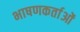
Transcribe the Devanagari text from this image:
भाषणकर्ताओं